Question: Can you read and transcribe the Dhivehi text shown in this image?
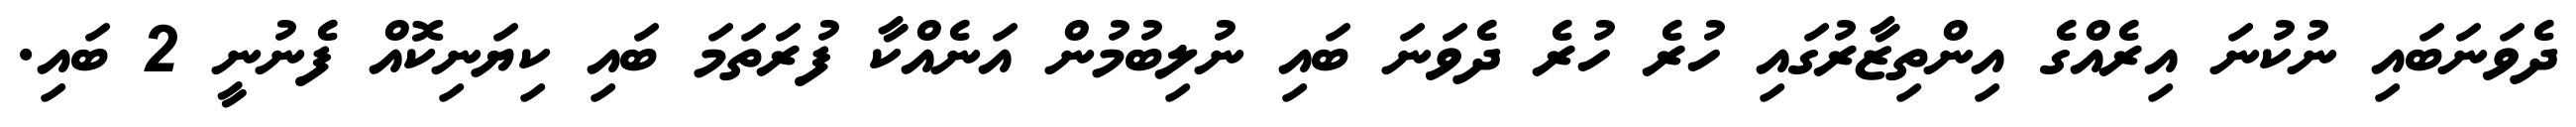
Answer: ދެވަނަބައި ނުކުނަ އިރެއްގެ އިންތިޒާރުގައި ހުރެ ހުރެ ދެވަނަ ބައި ނުލިބުމުން އަނެއްކާ ފުރަތަމަ ބައި ކިޔަނިކޮއް ފެނުނީ 2 ބައި.